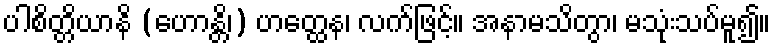
ပါစိတ္တိယာနိ (ဟောန္တိ၊) ဟတ္ထေန၊ လက်ဖြင့်။ အနာမသိတွာ၊ မသုံးသပ်မူ၍။